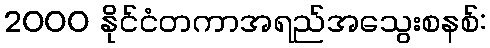
2000 နိုင်ငံတကာအရည်အသွေးစနစ်: